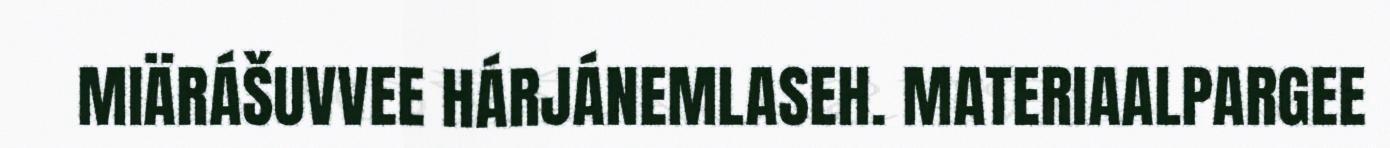
MIÄRÁŠUVVEE HÁRJÁNEMLASEH. MATERIAALPARGEE